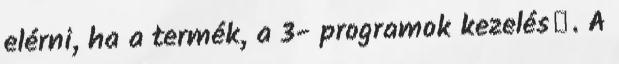
elérni, ha a termék, a 3- programok kezelés�. A